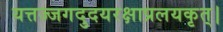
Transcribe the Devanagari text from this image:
यत्तज्जगदुदयरक्षाप्रलयकृत्।